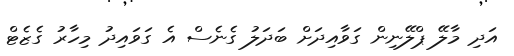
އަދި މާލޭ ޕްލޭނިން ގަވާއިދަށް ބަދަލު ގެނެސް އެ ގަވައިދު މިހާރު ގެޒެޓް